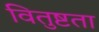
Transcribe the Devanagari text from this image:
वितुष्टता